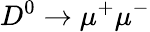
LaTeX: D^{0}\to\mu^{+}\mu^{-}